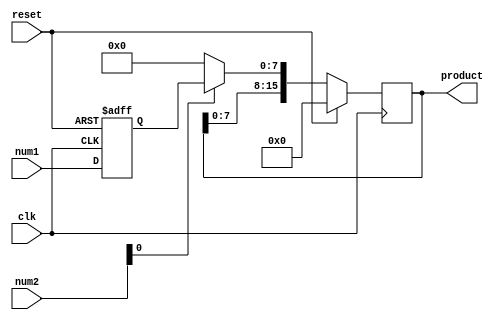
module multiplier (
  input clk,
  input reset,
  input [7:0] num1,
  input [7:0] num2,
  output reg [15:0] product
);

reg [7:0] multiplicand;
reg [15:0] partial_product;
wire [15:0] next_partial_product;

always @ (posedge clk or posedge reset) begin
  if (reset)
    multiplicand <= 8'h00;
  else
    multiplicand <= num1;
end

always @ (posedge clk) begin
  if (reset)
    partial_product <= 16'h0000;
  else begin
    partial_product <= next_partial_product;
  end
end

assign next_partial_product = (num2[0] == 1'b1) ? {partial_product, multiplicand} : {partial_product, 8'h00};

always @ (*) begin
  product = partial_product;
end

endmodule